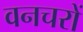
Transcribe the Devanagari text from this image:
वनचरों